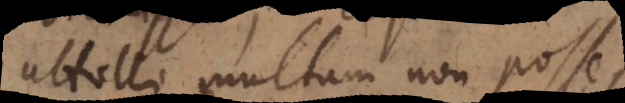
attolli multum non posse,